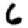
Digit: 6